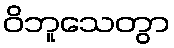
ဝိဘူသေတွာ